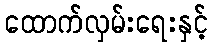
ထောက်လှမ်းရေးနှင့်